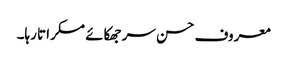
معروف حسن سر جھکائے مسکراتا رہا۔